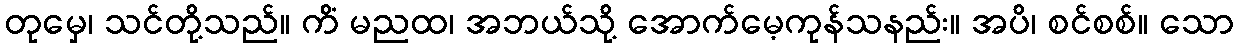
တုမှေ၊ သင်တို့သည်။ ကိံ မညထ၊ အဘယ်သို့ အောက်မေ့ကုန်သနည်း။ အပိ၊ စင်စစ်။ သော